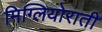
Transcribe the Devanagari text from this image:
मिग्लियोराती